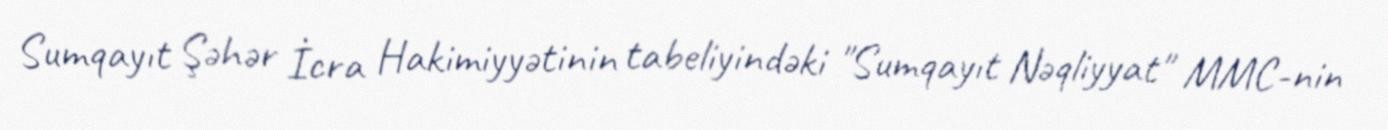
Sumqayıt Şəhər İcra Hakimiyyətinin tabeliyindəki "Sumqayıt Nəqliyyat" MMC-nin